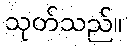
သုတ်သည်။